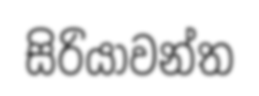
සිරියාවන්ත